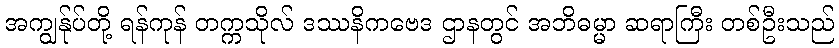
အကျွန်ုပ်တို့ ရန်ကုန် တက္ကသိုလ် ဒဿနိကဗေဒ ဌာနတွင် အဘိဓမ္မာ ဆရာကြီး တစ်ဦးသည်